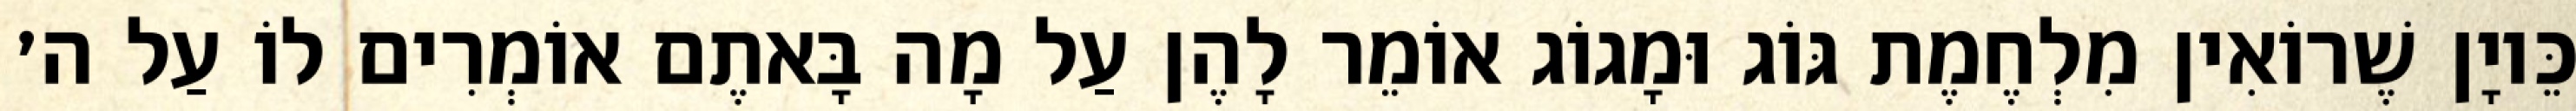
כֵּיוָן שֶׁרוֹאִין מִלְחֶמֶת גּוֹג וּמָגוֹג אוֹמֵר לָהֶן עַל מָה בָּאתֶם אוֹמְרִים לוֹ עַל ה׳